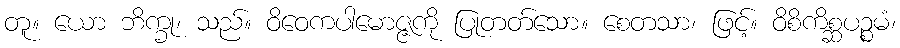
တူ။ ယော ဘိက္ခု၊ သည်။ ဝိဝေကပါမောဇ္ဇကို ပြုတတ်သော။ စေတသာ၊ ဖြင့်။ ဝိစိကိစ္ဆပဉ္စမံ၊